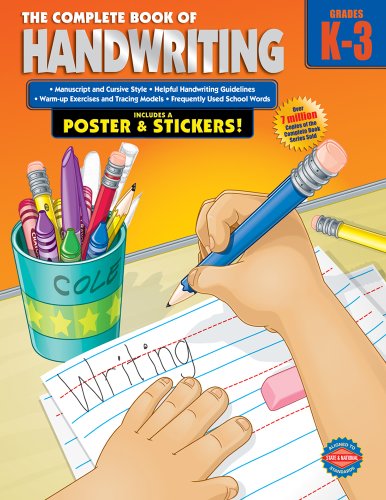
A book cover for The Complete Book of Handwriting, Grades K - 3; Children's Books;